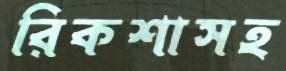
রিকশাসহ